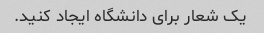
یک شعار برای دانشگاه ایجاد کنید.